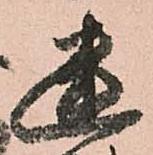
幽